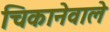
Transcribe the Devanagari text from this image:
चिकानेवाले